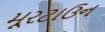
મૂરટાઉન